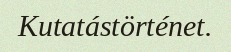
Kutatástörténet.